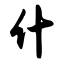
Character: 什